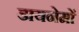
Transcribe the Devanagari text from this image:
डायनेमों